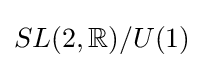
SL(2,\mathbb {R} )/U(1)